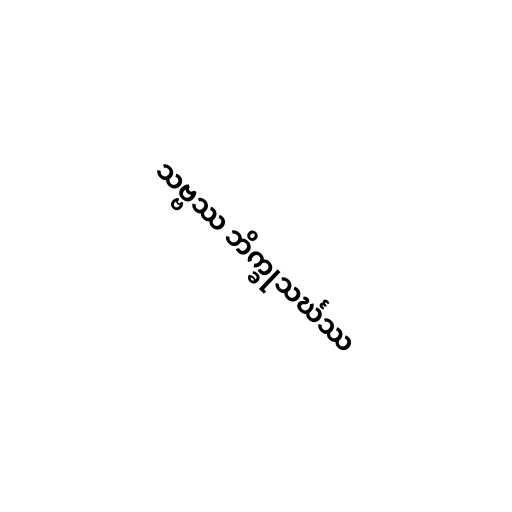
သဗ္ဗဿ ဘိက္ခုသင်္ဃဿ